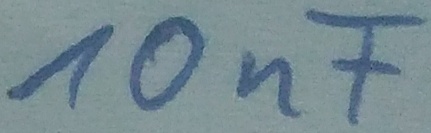
Text: 10nF